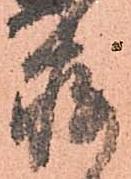
存